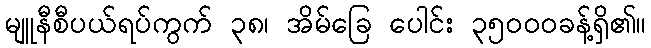
မျူနီစီပယ်ရပ်ကွက် ၃၈၊ အိမ်ခြေ ပေါင်း ၃၅၀၀၀ခန့်ရှိ၏။